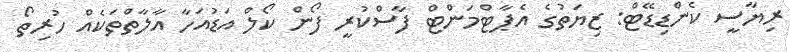
ރިޔާސީ ކެންޑިޑޭޓް: ޒިޔަތުގެ އެޕާޓްމަންޓް ފާސްކުރީ ފޯން ކޯލް އަޑުއަހާ އާލާތްތަކެއް ހުރިތޯ